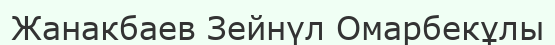
Жанакбаев Зейнүл Омарбекұлы